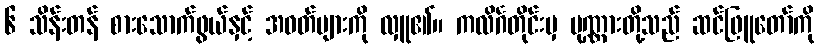
၆ သိန်းတန် စားသောက်ဖွယ်နှင့် အဝတ်များကို လှူ၏။ ကလိင်္ဂတိုင်းမှ ပုဏ္ဏားတို့သည် ဆင်ဖြူတော်ကို